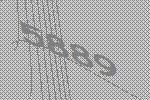
5889